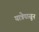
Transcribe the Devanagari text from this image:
यात्रेपासून